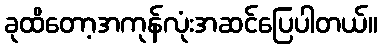
ခုထိတော့အကုန်လုံးအဆင်ပြေပါတယ်။